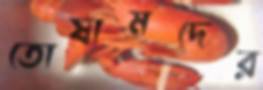
তোষামদের